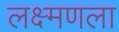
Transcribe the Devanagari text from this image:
लक्ष्मणला